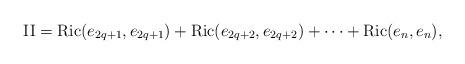
LaTeX: \begin{align*}\textrm{II} = \textrm{Ric}(e_{2q+1},e_{2q+1}) +\textrm{Ric}(e_{2q+2},e_{2q+2}) + \cdots+\textrm{Ric}(e_{n},e_{n}),\end{align*}